Civil Veterinary Department Bihar & Orissa reports 1929-36 - 1929-1936
Year: 1929
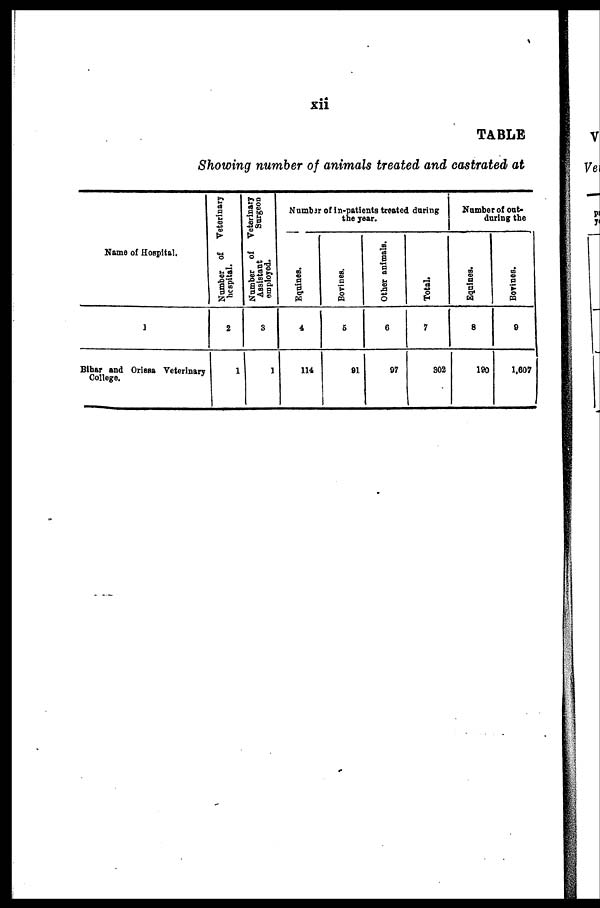
xii
TABLE
Showing number of animals treated and castrated at
Name of Hospital.
1
Bihar and Orissa Veterinary
College.
Number of Veterinary
hospital.
2
1
Number of Veterinary
Assistant
Surgeon
employed.
3
1
Number of in-patients treated during
the year.
Equines.
4
114
Bovines.
5
91
Other animals.
6
97
Total.
7
302
Number of out-
during the
Equines.
8
190
Bovines.
9
1,607